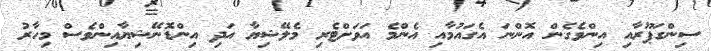
ސިންގަޕޫރާއި އިންވެގެން އޮންނަ އެގައުމާއި އެންމެ އަވަށްޓެރި މެލޭޝިޔާ އަދި އިންޑޮނޭޝިޔާއިންވެސް މިހާރު